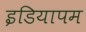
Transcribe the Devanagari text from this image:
इडियापम